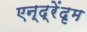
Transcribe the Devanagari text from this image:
एन्द्रेंदृम